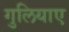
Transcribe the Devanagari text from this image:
गुलियाए